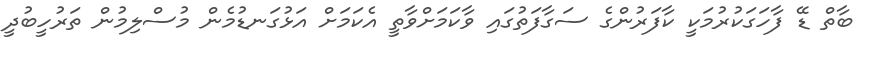
ބާތް ޑޭ ފާހަގަކުރުމަކީ ކާފަރުންގެ ސަގާފަތުގައި ވާކަމަށްވާތީ އެކަމަށް އަޅުގަނޑުމެން މުސްލިމުން ތަރުހީބުދީ